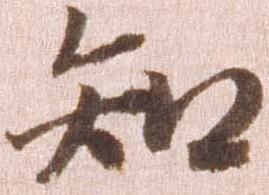
知